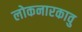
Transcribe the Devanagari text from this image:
लोकनारकावु